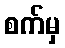
စက်မှ